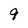
Character: 9